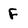
Character: F